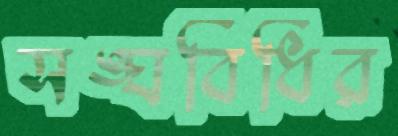
সঙ্ঘবিধির